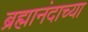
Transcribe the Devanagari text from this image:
ब्रह्मानंदाच्या